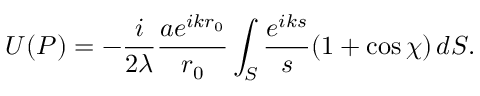
U ( P ) = - { \frac { i } { 2 \lambda } } { \frac { a e ^ { i k r _ { 0 } } } { r _ { 0 } } } \int _ { S } { \frac { e ^ { i k s } } { s } } ( 1 + \cos \chi ) \, d S .